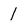
Character: 1